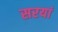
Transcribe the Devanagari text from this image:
सरयां